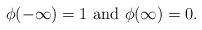
LaTeX: \begin{align*}\phi(-\infty)=1 \hbox{ and }\phi(\infty)=0.\end{align*}